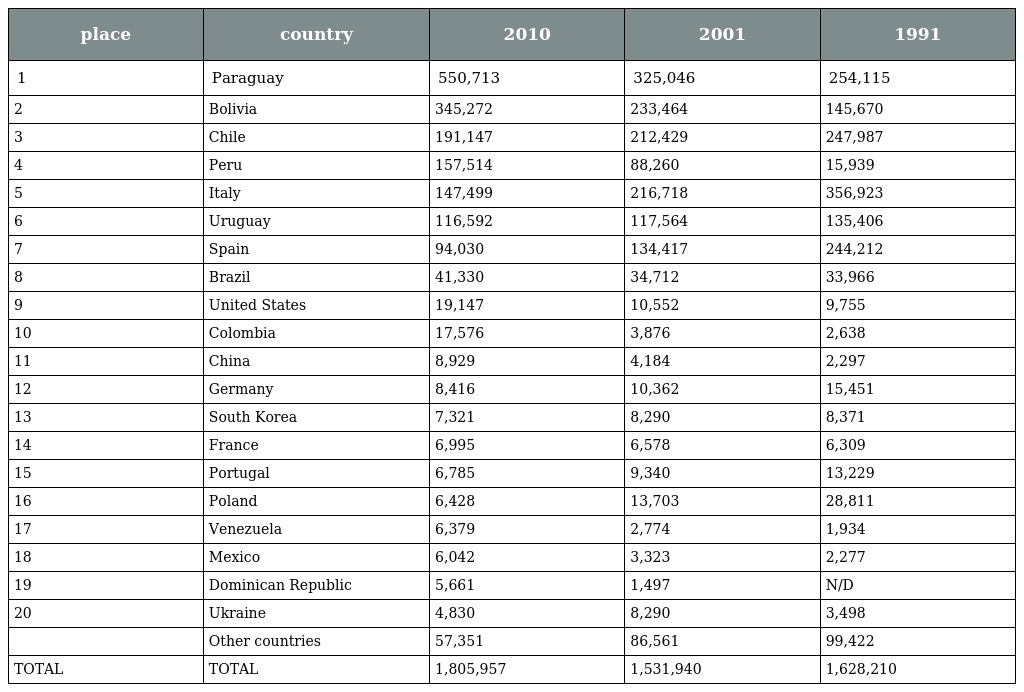
| place | country | 2010 | 2001 | 1991 |
 | --- | --- | --- | --- | --- |
 | 1 | Paraguay | 550,713 | 325,046 | 254,115 |
 | 2 | Bolivia | 345,272 | 233,464 | 145,670 |
 | 3 | Chile | 191,147 | 212,429 | 247,987 |
 | 4 | Peru | 157,514 | 88,260 | 15,939 |
 | 5 | Italy | 147,499 | 216,718 | 356,923 |
 | 6 | Uruguay | 116,592 | 117,564 | 135,406 |
 | 7 | Spain | 94,030 | 134,417 | 244,212 |
 | 8 | Brazil | 41,330 | 34,712 | 33,966 |
 | 9 | United States | 19,147 | 10,552 | 9,755 |
 | 10 | Colombia | 17,576 | 3,876 | 2,638 |
 | 11 | China | 8,929 | 4,184 | 2,297 |
 | 12 | Germany | 8,416 | 10,362 | 15,451 |
 | 13 | South Korea | 7,321 | 8,290 | 8,371 |
 | 14 | France | 6,995 | 6,578 | 6,309 |
 | 15 | Portugal | 6,785 | 9,340 | 13,229 |
 | 16 | Poland | 6,428 | 13,703 | 28,811 |
 | 17 | Venezuela | 6,379 | 2,774 | 1,934 |
 | 18 | Mexico | 6,042 | 3,323 | 2,277 |
 | 19 | Dominican Republic | 5,661 | 1,497 | N/D |
 | 20 | Ukraine | 4,830 | 8,290 | 3,498 |
 |  | Other countries | 57,351 | 86,561 | 99,422 |
 | TOTAL | TOTAL | 1,805,957 | 1,531,940 | 1,628,210 |